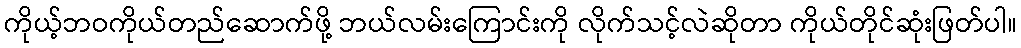
ကိုယ့်ဘဝကိုယ်တည်ဆောက်ဖို့ ဘယ်လမ်းကြောင်းကို လိုက်သင့်လဲဆိုတာ ကိုယ်တိုင်ဆုံးဖြတ်ပါ။